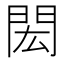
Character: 閎